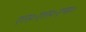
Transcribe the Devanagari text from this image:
एल०एल०एम०